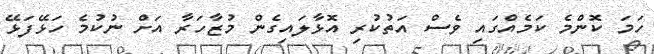
ހަމަ ކޮންމެ ކަމެއްގައި ވެސް އަތުކުރި އޮޅާލައިގެން މުޒާހަރާ އަށް ނުކުމެ ހަޅޭފަޅޭ